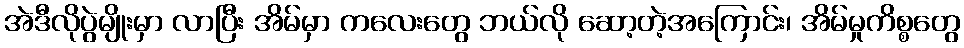
အဲဒီလိုပွဲမျိုးမှာ လာပြီး အိမ်မှာ ကလေးတွေ ဘယ်လို ဆော့တဲ့အကြောင်း၊ အိမ်မှုကိစ္စတွေ